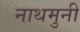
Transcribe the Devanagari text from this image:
नाथमुनी